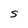
Character: S